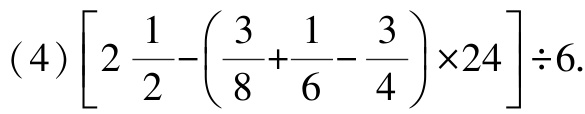
\((4)\left[2\frac{1}{2}-\left(\frac{3}{8}+\frac{1}{6}-\frac{3}{4}\right)\times24\right]\div6.\)